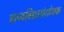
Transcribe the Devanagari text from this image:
प्राच्यविद्यासंशोधक